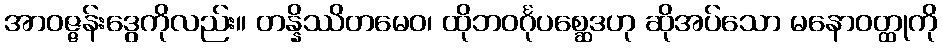
အာဝဇ္ဇန်းဒွေကိုလည်း။ တန္နိဿိတမေဝ၊ ထိုဘဝင်္ဂုပစ္ဆေဒဟု ဆိုအပ်သော မနောဝတ္ထုကို